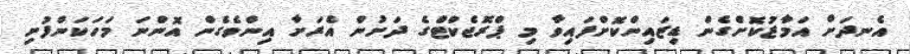
އެނދަށް އަމާޒުކޮށްގެން ޑިޒައިންކޮށްފައިވާ މި ޕްރޮޖެކްޓްގެ ދަށުން އެރަށާ އިންވެގެން އޮންނަ މަހަކަންފުށި